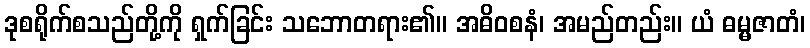
ဒုစရိုက်စသည်တို့ကို ရှက်ခြင်း သဘောတရား၏။ အဓိဝစနံ၊ အမည်တည်း။ ယံ ဓမ္မဇာတံ၊